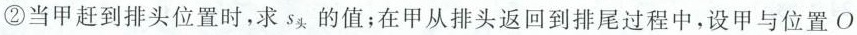
②当甲赶到排头位置时，求s_{头}的值；在甲从排头返回到排尾过程中，设甲与位置O